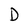
Character: D